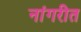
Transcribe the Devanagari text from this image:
नांगरीत